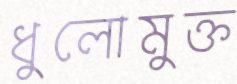
ধুলোমুক্ত